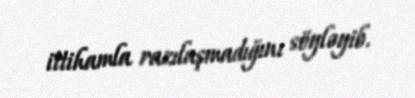
ittihamla razılaşmadığını söyləyib.